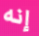
إنه